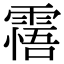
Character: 𩄭